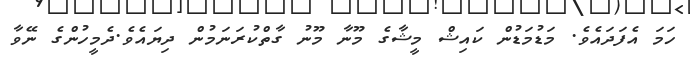
ހަމަ އެފަދައެވެ. މަޑުމަޑުން ކައިޝް މީޝާގެ މޫނާ މޫނު ގާތްކުރަނަމުން ދިޔައެވެ.ދެމީހުންގެ ނޭވާ